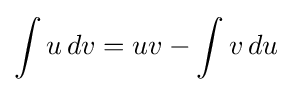
\int u\,dv=uv-\int v\,du